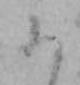
ふ